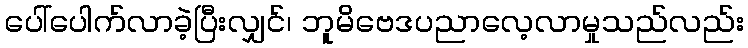
ပေါ်ပေါက်လာခဲ့ပြီးလျှင်၊ ဘူမိဗေဒပညာလေ့လာမှုသည်လည်း